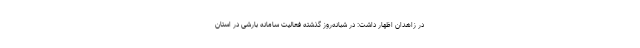
در زاهدان اظهار داشت: در شبانه‌روز گذشته فعالیت سامانه بارشی در استان